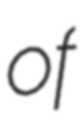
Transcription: of